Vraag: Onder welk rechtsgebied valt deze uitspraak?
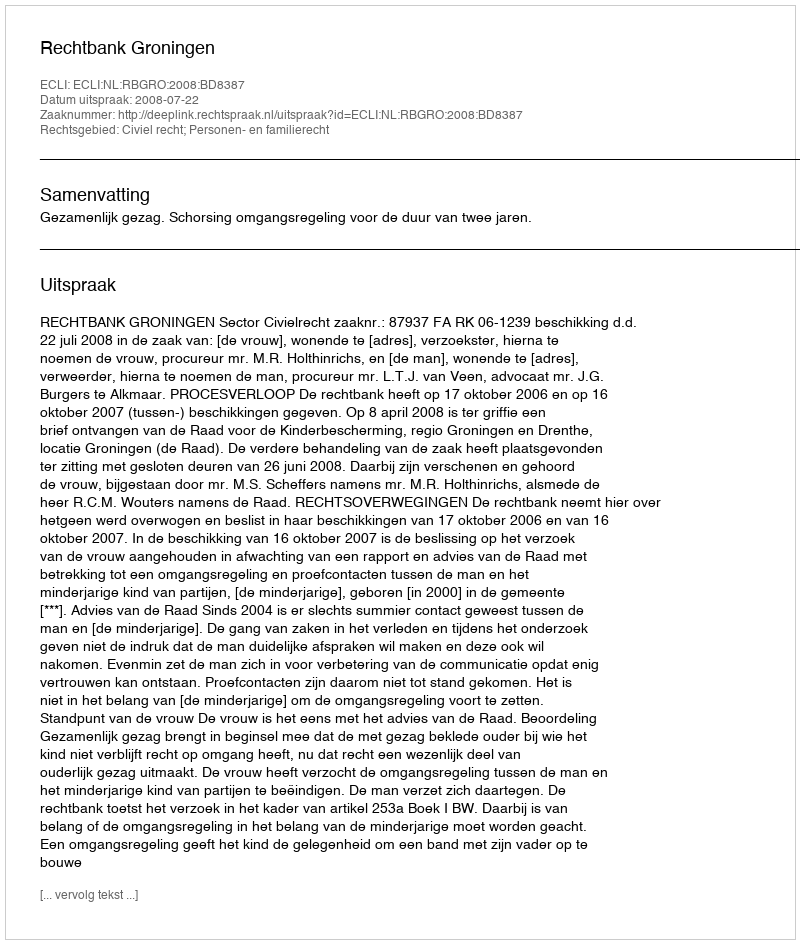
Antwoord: Civiel recht; Personen- en familierecht